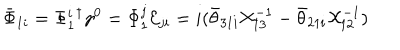
\bar { \Phi } _ { 1 i } = \Phi _ { 1 } ^ { i } { } ^ { \dagger } \gamma ^ { 0 } = \Phi _ { 1 } ^ { j } { \cal E } _ { j i } = i ( \bar { \theta } _ { 3 1 i } { \cal X } _ { 1 3 } ^ { - 1 } - \bar { \theta } _ { 2 1 i } { \cal X } _ { 1 2 } ^ { - 1 } )